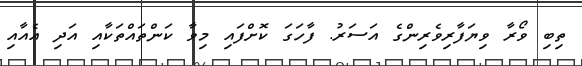
ތިބި ވޯރާ ވިޔަފާރިވެރިންގެ އަސަރު. ފާހަގަ ކޮށްފައި މިވާ ކަންތައްތަކާއި އަދި އެއާއި